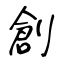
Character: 創